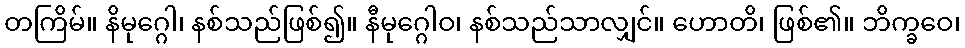
တကြိမ်။ နိမုဂ္ဂေါ၊ နစ်သည်ဖြစ်၍။ နီမုဂ္ဂေါဝ၊ နစ်သည်သာလျှင်။ ဟောတိ၊ ဖြစ်၏။ ဘိက္ခဝေ၊